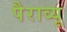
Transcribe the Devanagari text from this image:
पैराव्यू